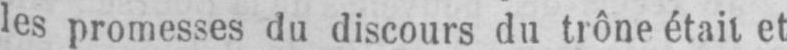
les promesses du discours du trône était et